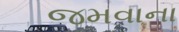
જમવાના